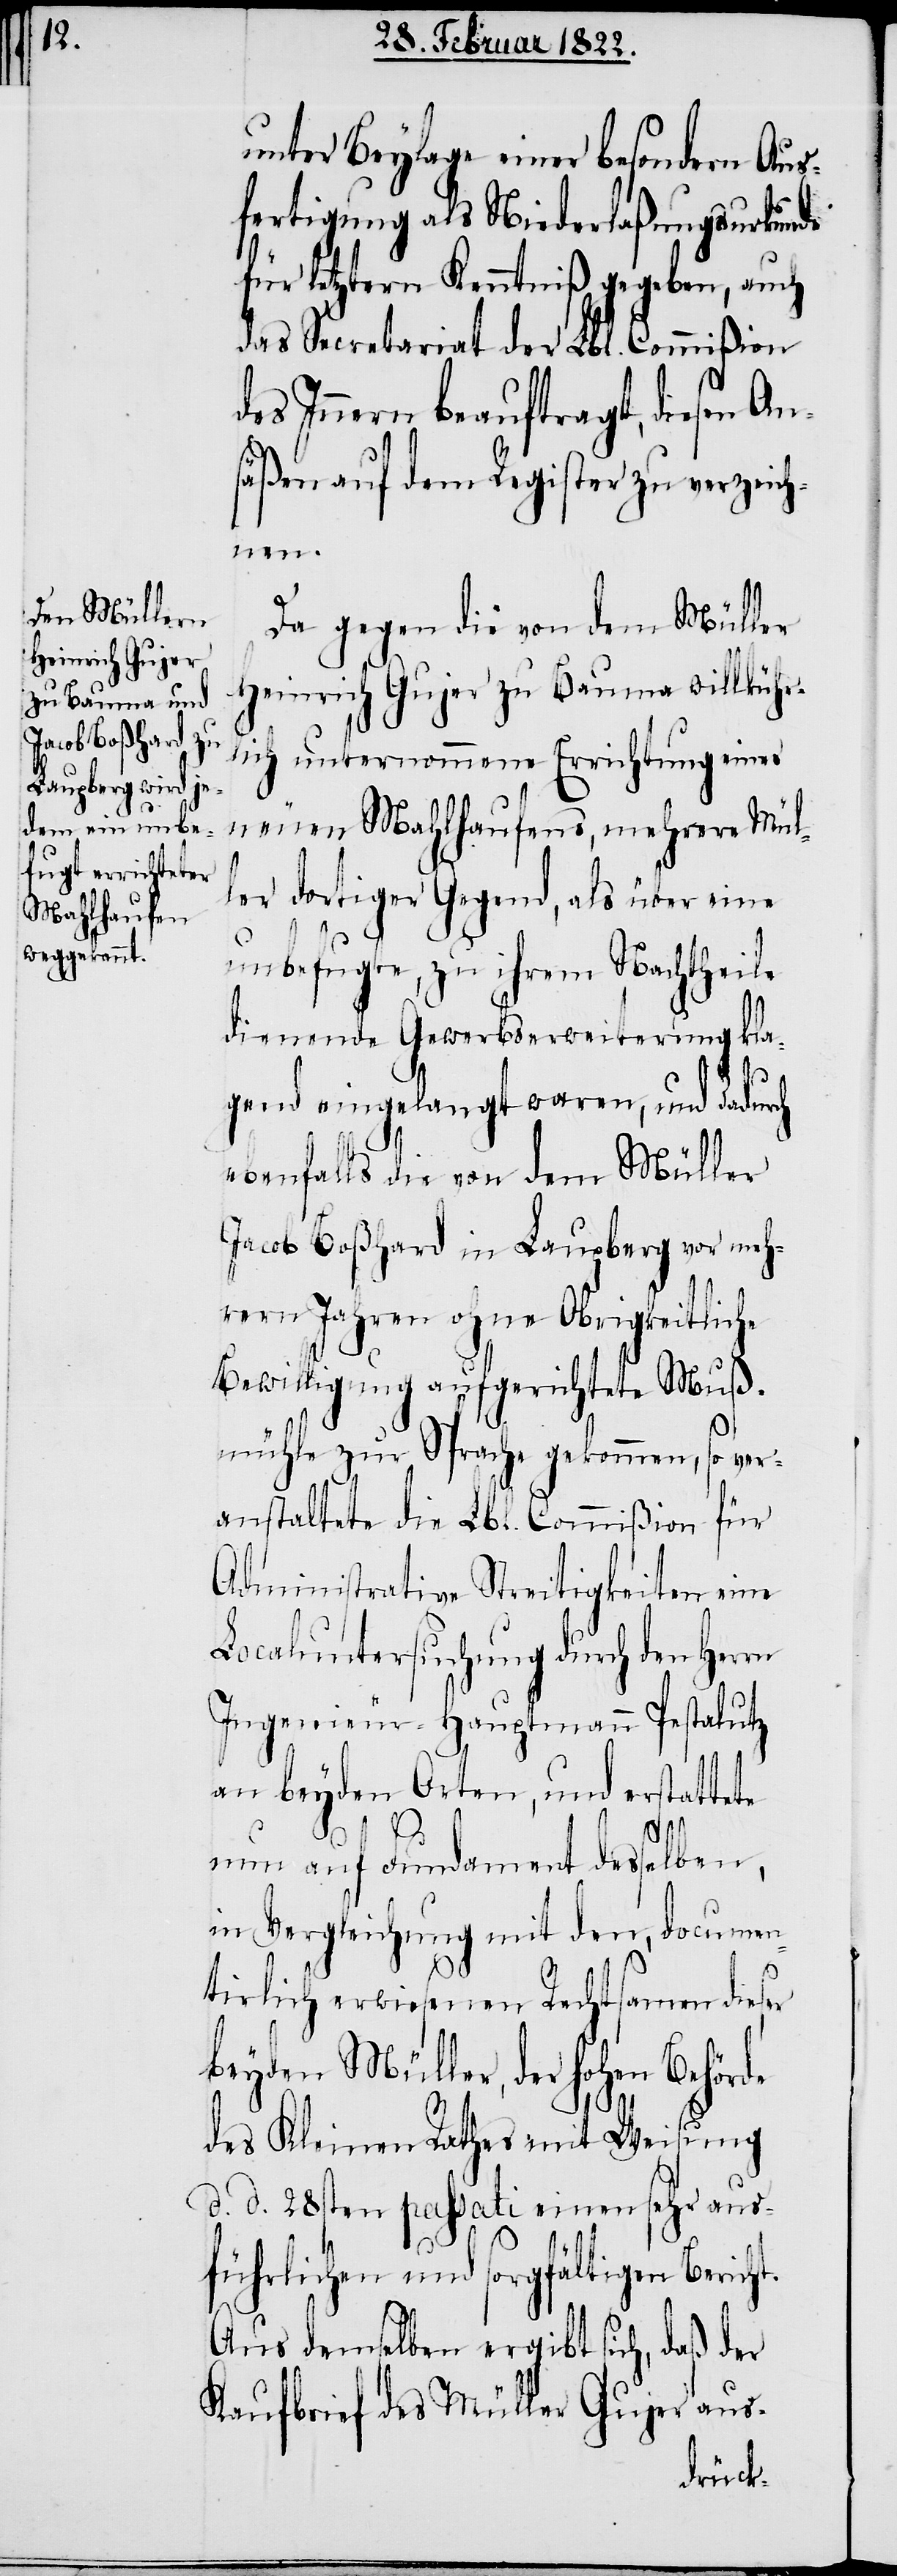
t.

unter Beylage einer besondern Aus¬
fertigung als Niederlaßungsurkunde
für letztern Kenntniß gegeben, auch
das Secretariat der Lbl. Commißion
des Innern beauftragt, diesen An¬
säßen auf dem Register zu verzeich¬
nen.
Da gegen die von dem Müller
Heinrich Gujer zu Bauma willkühr¬
lich unternommene Errichtung eines
neuen Mahlhaufens, mehrere Mül¬
ler dortiger Gegend, als über eine
unbefugte, zu ihrem Nachtheile
dienende Gewerbserweiterung kla¬
gend eingelangt waren, und dadu¬
ebenfalls die von dem Müller
Jacob Boßhard in Laupberg vor meh¬
rern Jahren ohne Obrigkeitliche
Bewilligung aufgerichtete Muß¬
mühle zur Sprache gekommen, so ver¬
anstaltete die Lbl. Commißion für
Administrative Streitigkeiten eine
Localuntersuchung durch den Herrn
Ingenieur-Hauptmann Pestalutz
an beyden Orten, und erstattete
nun auf Fundament desselben,
in Vergleichung mit den documen¬
tirlich erwiesenen Rechtsamen dieser
beyden Müller, der hohen Behörde
des Kleinen Rathes mit Weisung
d. d. 28sten passati einen sehr aus¬
führlichen und sorgfältigen Berich¬
Aus demselben ergibt sich, daß der
Kaufbrief des Müller Gujer aus-
rch